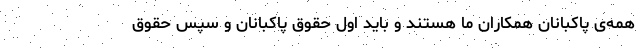
همه‌ی پاکبانان همکاران ما هستند و باید اول حقوق پاکبانان و سپس حقوق